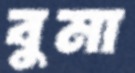
বুমা